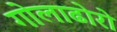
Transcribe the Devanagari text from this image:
गोलाढोरो